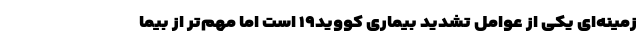
زمینه‌ای یکی از عوامل تشدید بیماری کووید۱۹ است اما مهم‌تر از بیما